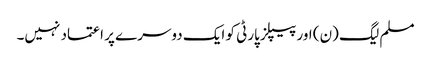
مسلم لیگ (ن) اور پیپلز پارٹی کو ایک دوسرے پر اعتماد نہیں۔